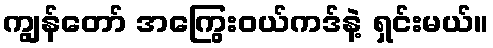
ကျွန်တော် အကြွေးဝယ်ကဒ်နဲ့ ရှင်းမယ်။